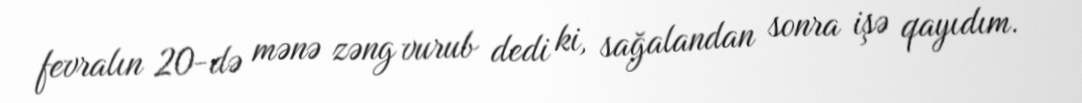
fevralın 20-də mənə zəng vurub dedi ki, sağalandan sonra işə qayıdım.